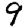
Digit: 9